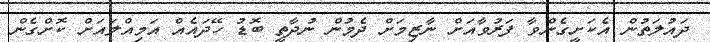
ދައުލަތުން އެކަށީގެންވާ ފަރުވާއަށް ނާޒިމަށް ދެމުން ނުދާތީ ބޮޑު ހޭދައެއް އަމިއްލައަށް ކޮށްގެން